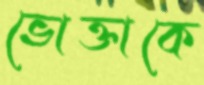
ভোক্তাকে